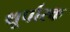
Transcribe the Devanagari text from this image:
थूर्पारक